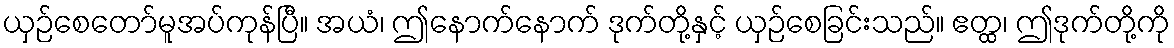
ယှဉ်စေတော်မူအပ်ကုန်ပြီ။ အယံ၊ ဤနောက်နောက် ဒုက်တို့နှင့် ယှဉ်စေခြင်းသည်။ ဧတ္ထ၊ ဤဒုက်တို့ကို